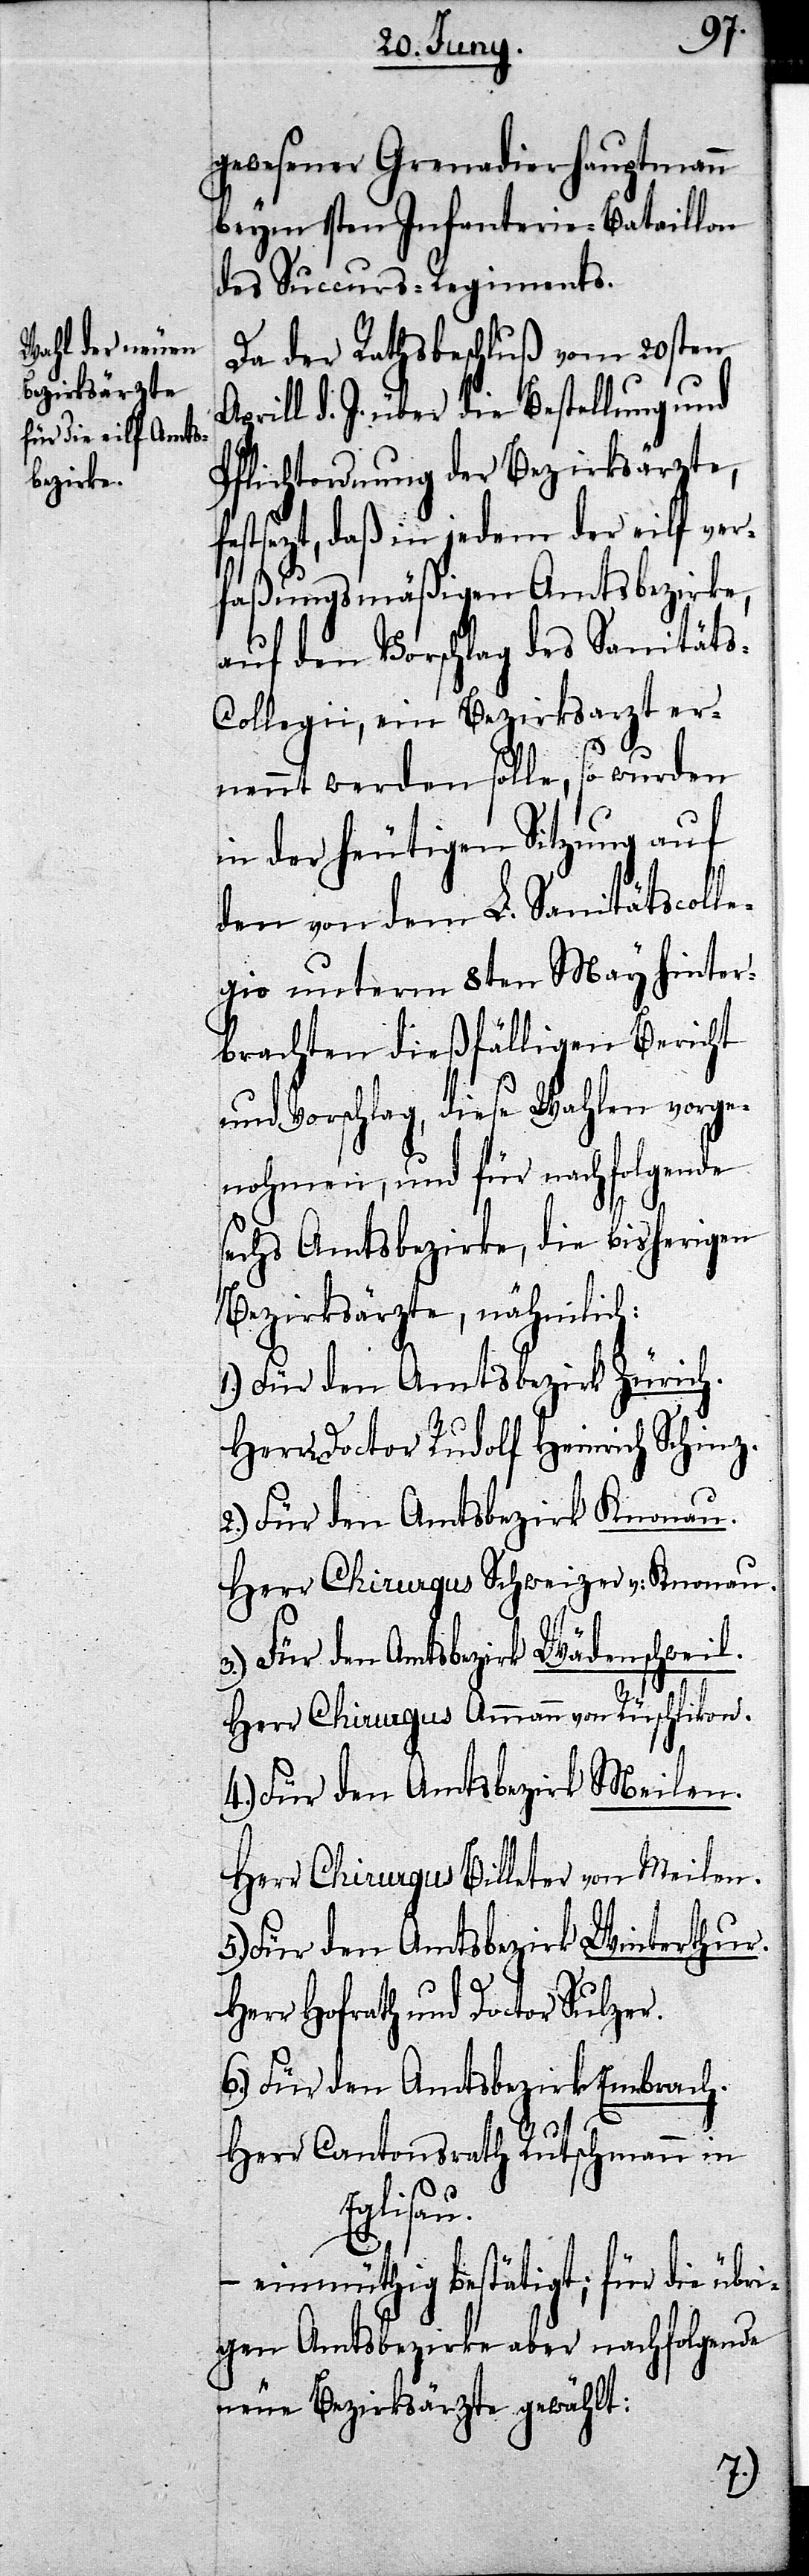
er¬
5.)
gewesener Grenadier-Hauptmann
beym 1sten Infanterie-Bataillon
des Succurs-Regiments.
Da der Rathsbeschluß vom 20sten
prill d. J. über die Bestellung und
Pflichtordnung der Bezirksärzte
nennt werden solle, so wurden
in der heutigen Sitzung auf
den von dem L. Sanitätscoll¬
egio unterm 8ten May hinter¬
brachten dießfälligen Bericht
und Vorschlag, diese Wahlen vorge¬
nohmen, und für nachfolgende
sechs Amtsbezirke, die bisherigen
Bezirksärzte, nähmlich:
Für den Amtsbezirk Zürich.
Herr Doctor Rudolf Heinrich Schinz.
2.) Für den Amtsbezirk Knonau.
Herr Chirurgus Schweizer v: Knonau.
Für den Amtsbezirk Wädenschweil.
Herr Chirurgus Ammann von Rüschlikon.
4.) Für den Amtsbezirk Meilen.
Herr Chirurgus Billeter von Meilen.
Für den Amtsbezirk Winterthur.
Herr Hofrath und Doctor Sulzer.
6.) Für den Amtsbezirk Embrach.
Herr Cantonsrath Rutschmann in
Eglisau.
– einmüthig bestätigt; für die übr¬
igen Amtsbezirke aber nachfolgende
neue Bezirksärzte gewählt:
1.)